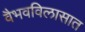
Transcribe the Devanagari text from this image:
वैभवविलासात